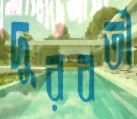
দুরবর্তী